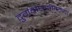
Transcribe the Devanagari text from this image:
दुर्गबांधणीतल्या